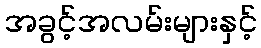
အခွင့်အလမ်းများနှင့်